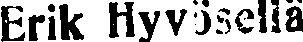
Erik Hyvösellä